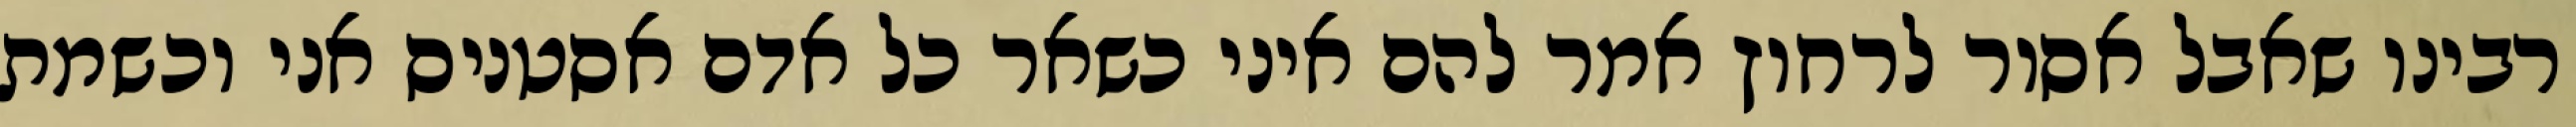
רבינו שאבל אסור לרחוץ אמר להם איני כשאר כל אדם אסטניס אני וכשמת